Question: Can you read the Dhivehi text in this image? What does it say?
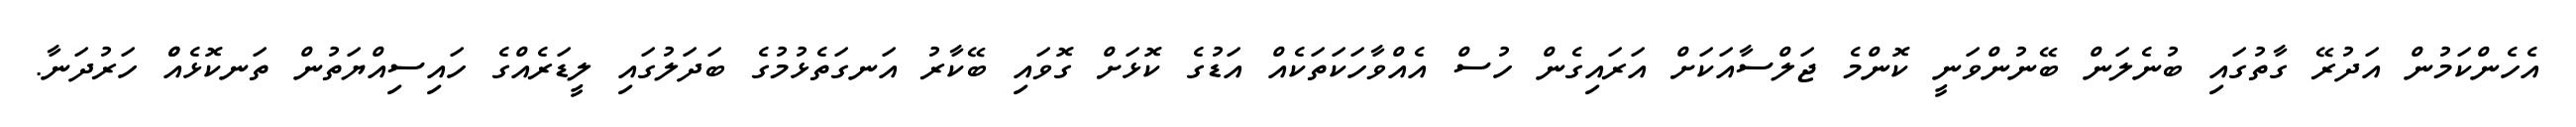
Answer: އެހެންކަމުން އަދުރޭ ގާތުގައި ބުނެލަން ބޭނުންވަނީ ކޮންމެ ޖަލްސާއަކަށް އަރައިގެން ހުސް އެއްވާހަކަތަކެއް އަޑުގެ ކޮޅަށް ގޮވައި ބޭކާރު އަނގަތެޅުމުގެ ބަދަލުގައި ލީޑަރެއްގެ ހައިސިއްޔަތުން ތަނކޮޅެއްް ހަރުދަނާ.